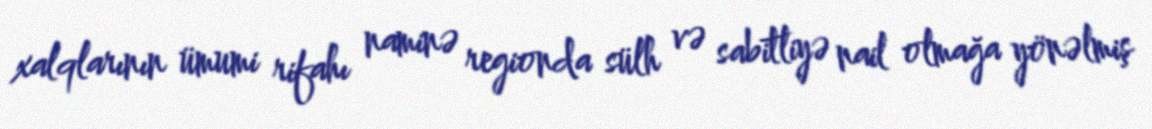
xalqlarının ümumi rifahı naminə regionda sülh və sabitliyə nail olmağa yönəlmiş